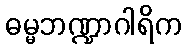
ဓမ္မဘဏ္ဍာဂါရိက